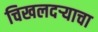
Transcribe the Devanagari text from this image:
चिखलदर्‍याचा